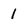
Character: 1